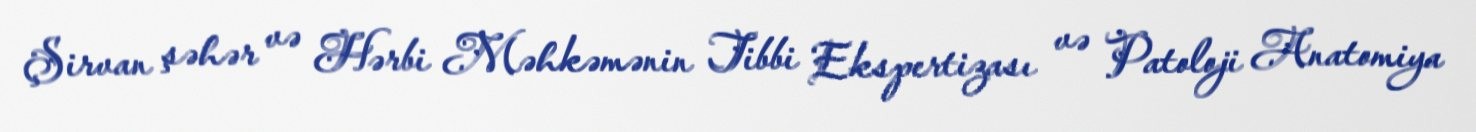
Şirvan şəhər və Hərbi Məhkəmənin Tibbi Ekspertizası və Patoloji Anatomiya